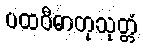
ပထဝီဓာတုသုတ္တံ